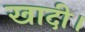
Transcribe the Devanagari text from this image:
खादी।